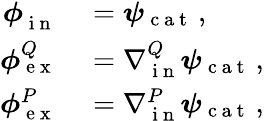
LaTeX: \begin{array}{rl}{\boldsymbol\phi{}_{\mathrm{~i~n~}}^{}}&{{}=\boldsymbol\psi_{\mathrm{~c~a~t~}}\, ,}\\ {\boldsymbol\phi{}_{\mathrm{~e~x~}}^{Q}}&{{}=\nabla{}_{\mathrm{~i~n~}}^{Q}\boldsymbol\psi_{\mathrm{~c~a~t~}}\, ,}\\ {\boldsymbol\phi{}_{\mathrm{~e~x~}}^{P}}&{{}=\nabla{}_{\mathrm{~i~n~}}^{P}\boldsymbol\psi_{\mathrm{~c~a~t~}}\, ,}\end{array}